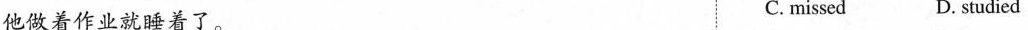
他做着作业就睡着了。 C. missed D. studiec